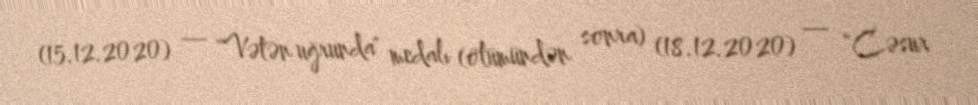
(15.12.2020) — "Vətən uğrunda" medalı (ölümündən sonra) (18.12.2020) — "Cəsur